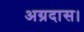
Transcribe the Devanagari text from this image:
अग्रदास।